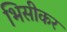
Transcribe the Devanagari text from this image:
भिसीकर